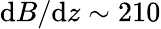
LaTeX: \mathrm{d}B/\mathrm{d}z\sim 210